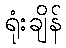
ရုံးချိန်